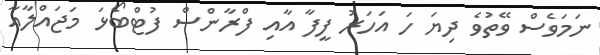
ނަމަވެސް ވޭތުވެ ދިޔަ ހަ އަހަރު ފީފާ އާއި ފްރާންސް ފުޓްބޯޅަ މަޖައްލާއާ